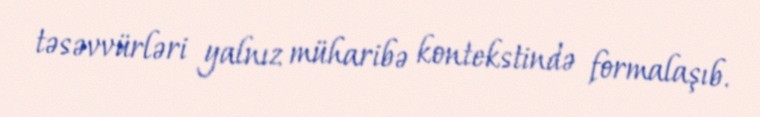
təsəvvürləri yalnız müharibə kontekstində formalaşıb.